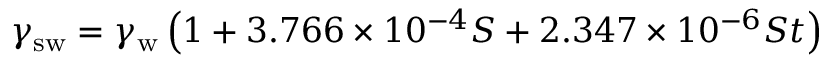
\gamma _ { \mathrm { s w } } = \gamma _ { \mathrm { w } } \left( 1 + 3 . 7 6 6 \times 1 0 ^ { - 4 } S + 2 . 3 4 7 \times 1 0 ^ { - 6 } S t \right)